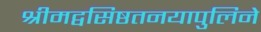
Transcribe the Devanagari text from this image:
श्रीमद्वसिष्ठतनयापुलिने